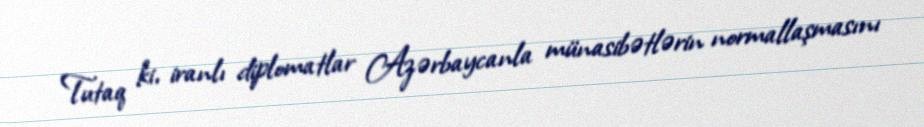
Tutaq ki, iranlı diplomatlar Azərbaycanla münasibətlərin normallaşmasını